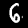
Digit: 6